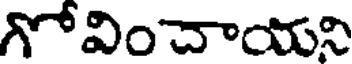
గోవించాయని